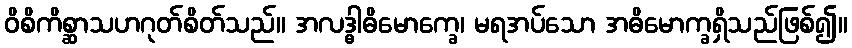
ဝိစိကိစ္ဆာသဟဂုတ်စိတ်သည်။ အလဒ္ဓါဓိမောက္ခေ၊ မရအပ်သော အဓိမောက္ခရှိသည်ဖြစ်၍။